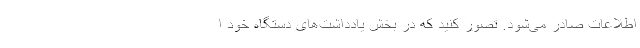
اطلاعات صادر می‌شود. تصور کنید که در بخش یادداشت‌های دستگاه خود ا